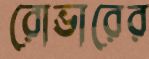
রোভারের